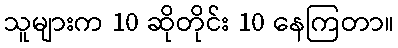
သူများက 10 ဆိုတိုင်း 10 နေကြတာ။